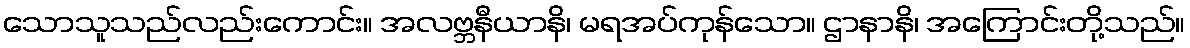
သောသူသည်လည်းကောင်း။ အလဗ္ဘနီယာနိ၊ မရအပ်ကုန်သော။ ဌာနာနိ၊ အကြောင်းတို့သည်။